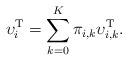
LaTeX: \begin{align*}\upsilon^\textrm{T}_i = \sum\limits_{k=0}^{K}\pi_{i,k}\upsilon^\textrm{T}_{i,k}.\end{align*}